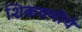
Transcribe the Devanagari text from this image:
शिकवणींचे